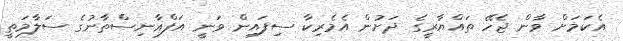
އެކަމަށް ވާން ޖެހޭ ތައްޔާރީގެ ދަށުން އެމެރިކާ ސިފައިން ވަނީ އަފްޣާނިސްތާނުގެ ސަލާމަތީ